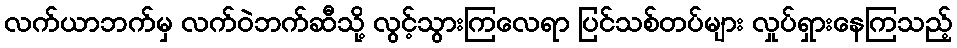
လက်ယာဘက်မှ လက်ဝဲဘက်ဆီသို့ လွင့်သွားကြလေရာ ပြင်သစ်တပ်များ လှုပ်ရှားနေကြသည့်